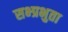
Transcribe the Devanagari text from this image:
सभ्प्रभुता